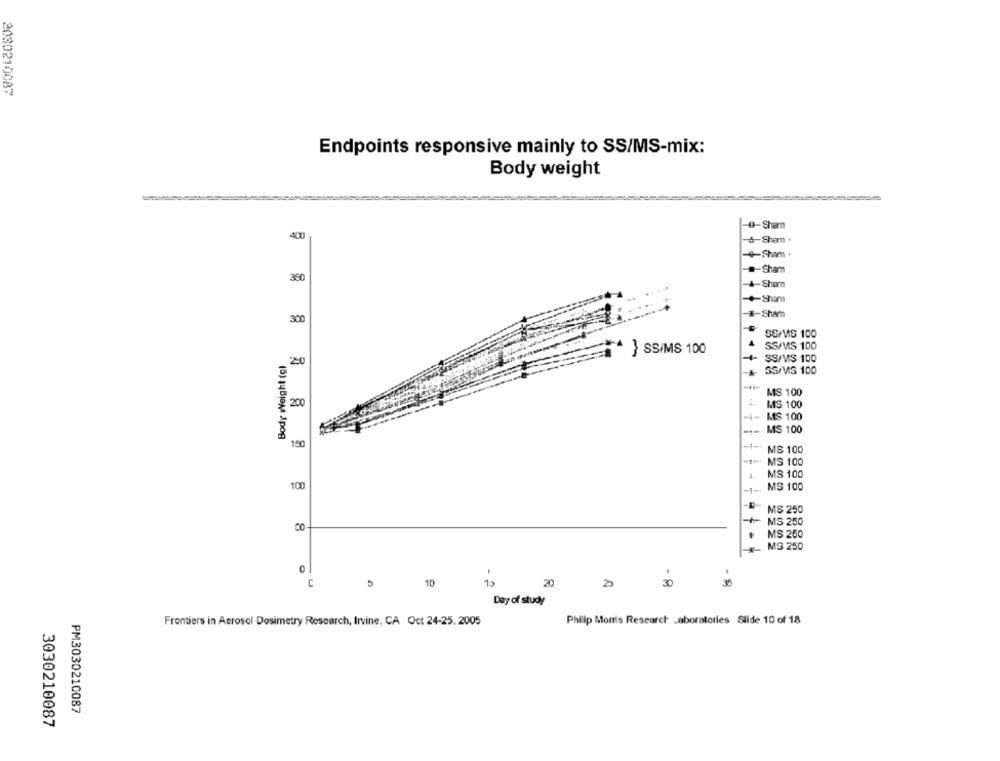
3030210087
Endpoints responsive mainly to SS/MS-mix:
Body weight
-0-Shamn
400
-&-Sham .
-4-Sham .
#-Sham
360
4-Shamn
-+Sham
300
-- Sham
SS/MS 100
} SS/MS 100
SSIVS 100
Body weight (g)
20
4 SS/VIS 100
SS/VS 100
MS 100
200
MS 100
--
MS 100
-
MS 100
150
MS 100
MS 100
4.
MS 100
100
MS 100
MS 250
+ MS 250
00
+ MS 250
MS 250
0
C
5
10
20
25
30
35
Day of study
Frontiers in Aerosol Dosimetry Research, Irvine, CA Oct 24-25, 2005
Philip Monis Research Laboratories Slide 10 of 18
PM3030210087
3030210087